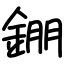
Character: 錋